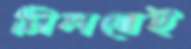
মিলতেই